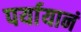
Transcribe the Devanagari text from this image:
पर्यायानं